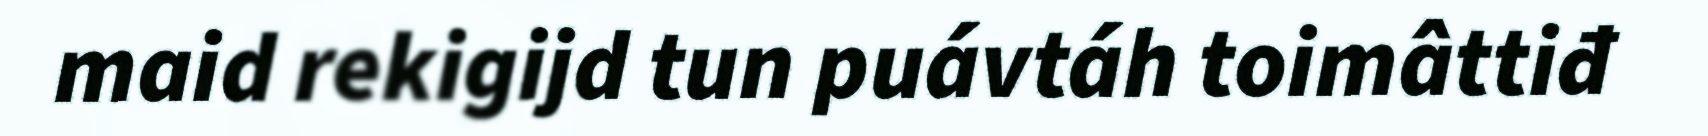
maid rekigijd tun puávtáh toimâttiđ